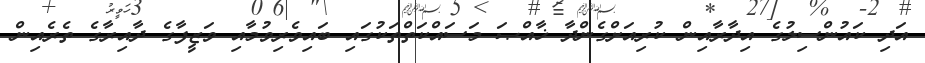
އަދި ކައުންސިލުގެ އިދާރާއިން ކުރިއަށްގެންދާ ޚާއްޞަ މަސައްކަތްތަކުގައި ބައިވެރިވުމާއި ވަޒީފާގެ ދާއިރާގެ ތެރެއިން